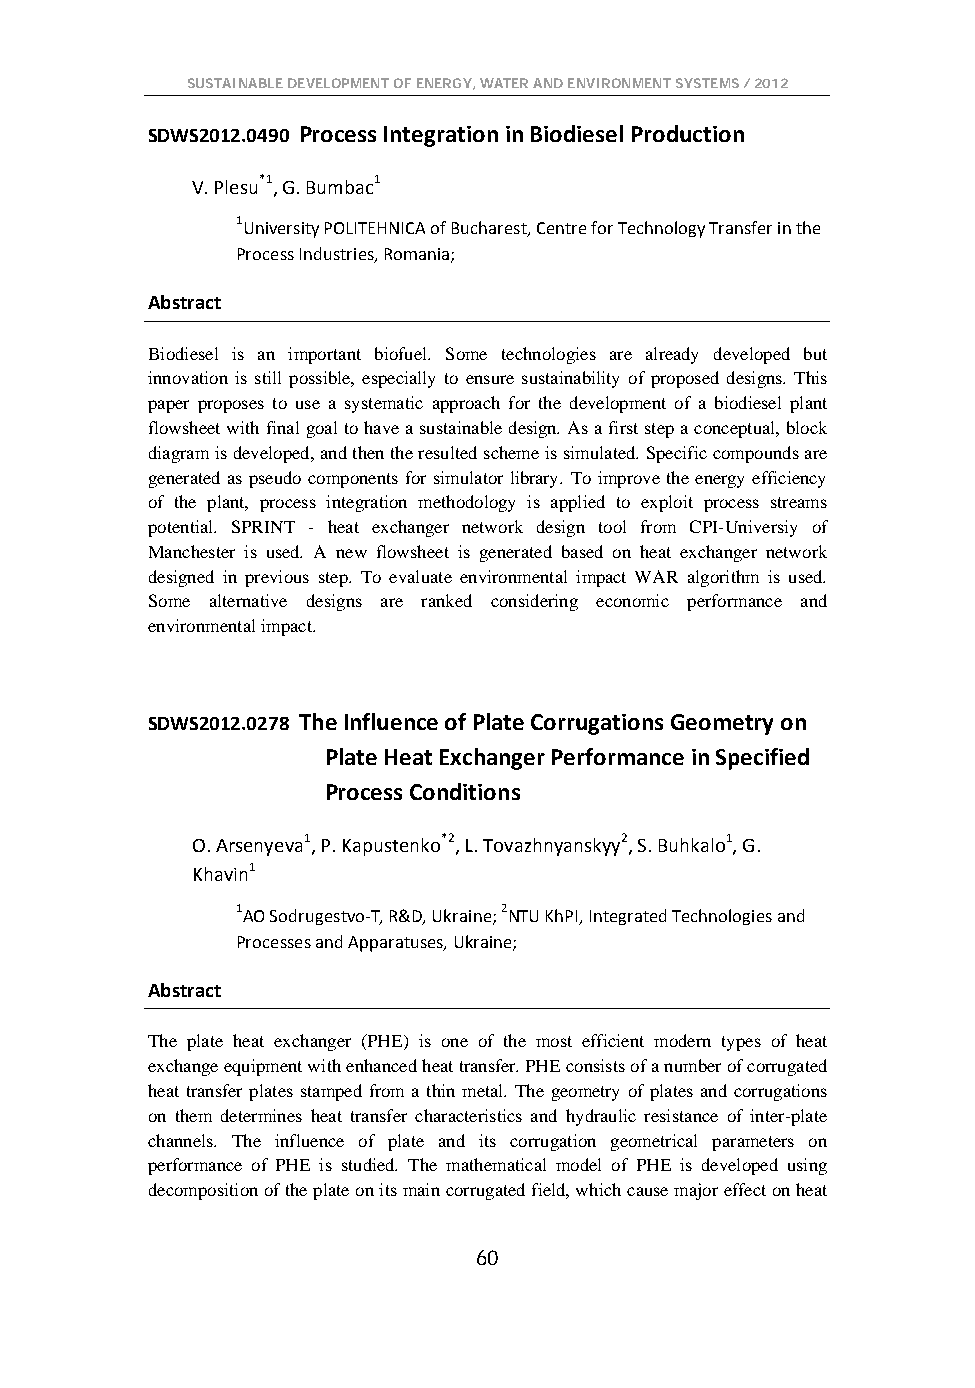
SUSTAINABLE DEVELOPMENT OF ENERGY, WATER AND ENVIRONMENT SYSTEMS / 2012
 SDWS2012.0490 Process Integration in Biodiesel Production
 V. Plesu*1, G. Bumbac1
 1University POLITEHNICA of Bucharest, Centre for Technology Transfer in the
 Process Industries, Romania;
 Abstract
 Biodiesel is an important biofuel. Some technologies are already developed but
 innovation is still possible, especially to ensure sustainability of proposed designs. This
 paper proposes to use a systematic approach for the development of a biodiesel plant
 flowsheet with final goal to have a sustainable design. As a first step a conceptual, block
 diagram is developed, and then the resulted scheme is simulated. Specific compounds are
 generated as pseudo components for simulator library. To improve the energy efficiency
 of the plant, process integration methodology is applied to exploit process streams
 potential. SPRINT - heat exchanger network design tool from CPI-Universiy of
 Manchester is used. A new flowsheet is generated based on heat exchanger network
 designed in previous step. To evaluate environmental impact WAR algorithm is used.
 Some alternative designs are ranked considering economic performance and
 environmental impact.
 SDWS2012.0278 The Influence of Plate Corrugations Geometry on
 Plate Heat Exchanger Performance in Specified
 Process Conditions
 O. Arsenyeva1, P. Kapustenko*2, L. Tovazhnyanskyy2, S. Buhkalo1, G.
 Khavin1
 1AO Sodrugestvo-T, R&D, Ukraine; 2NTU KhPI, Integrated Technologies and
 Processes and Apparatuses, Ukraine;
 Abstract
 The plate heat exchanger (PHE) is one of the most efficient modern types of heat
 exchange equipment with enhanced heat transfer. PHE consists of a number of corrugated
 heat transfer plates stamped from a thin metal. The geometry of plates and corrugations
 on them determines heat transfer characteristics and hydraulic resistance of inter-plate
 channels. The influence of plate and its corrugation geometrical parameters on
 performance of PHE is studied. The mathematical model of PHE is developed using
 decomposition of the plate on its main corrugated field, which cause major effect on heat
 60